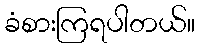
ခံစားကြရပါတယ်။